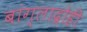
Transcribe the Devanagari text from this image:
बांग्लाद्रोही